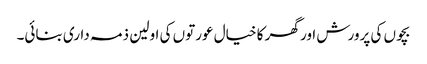
بچوں کی پرورش اور گھر کا خیال عورتوں کی اولین ذمہ داری بنائی۔